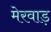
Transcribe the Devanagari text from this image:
मेरवाड़